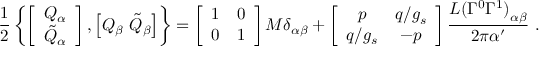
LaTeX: { \frac { 1 } { 2 } } \left\{ \left[ \begin{array} { c } { { Q _ { \alpha } } } \\ { { \tilde { Q } _ { \alpha } } } \end{array} \right] , \left[ Q _ { \beta } \ \tilde { Q } _ { \beta } \right] \right\} = \left[ \begin{array} { c c } { { 1 } } & { { 0 } } \\ { { 0 } } & { { 1 } } \end{array} \right] M \delta _ { \alpha \beta } + \left[ \begin{array} { c c } { { p } } & { { q / g _ { s } } } \\ { { q / g _ { s } } } & { { - p } } \end{array} \right] { \frac { { L ( \Gamma ^ { 0 } \Gamma ^ { 1 } ) } _ { \alpha \beta } } { 2 \pi { \alpha ^ { \prime } } } } \ .